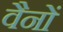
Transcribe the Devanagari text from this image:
वैनों